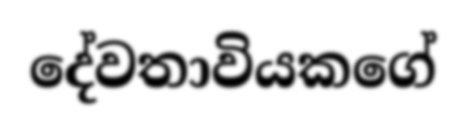
දේවතාවියකගේ